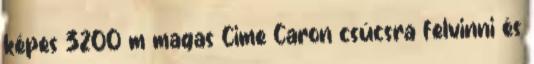
képes 3200 m magas Cime Caron csúcsra felvinni és